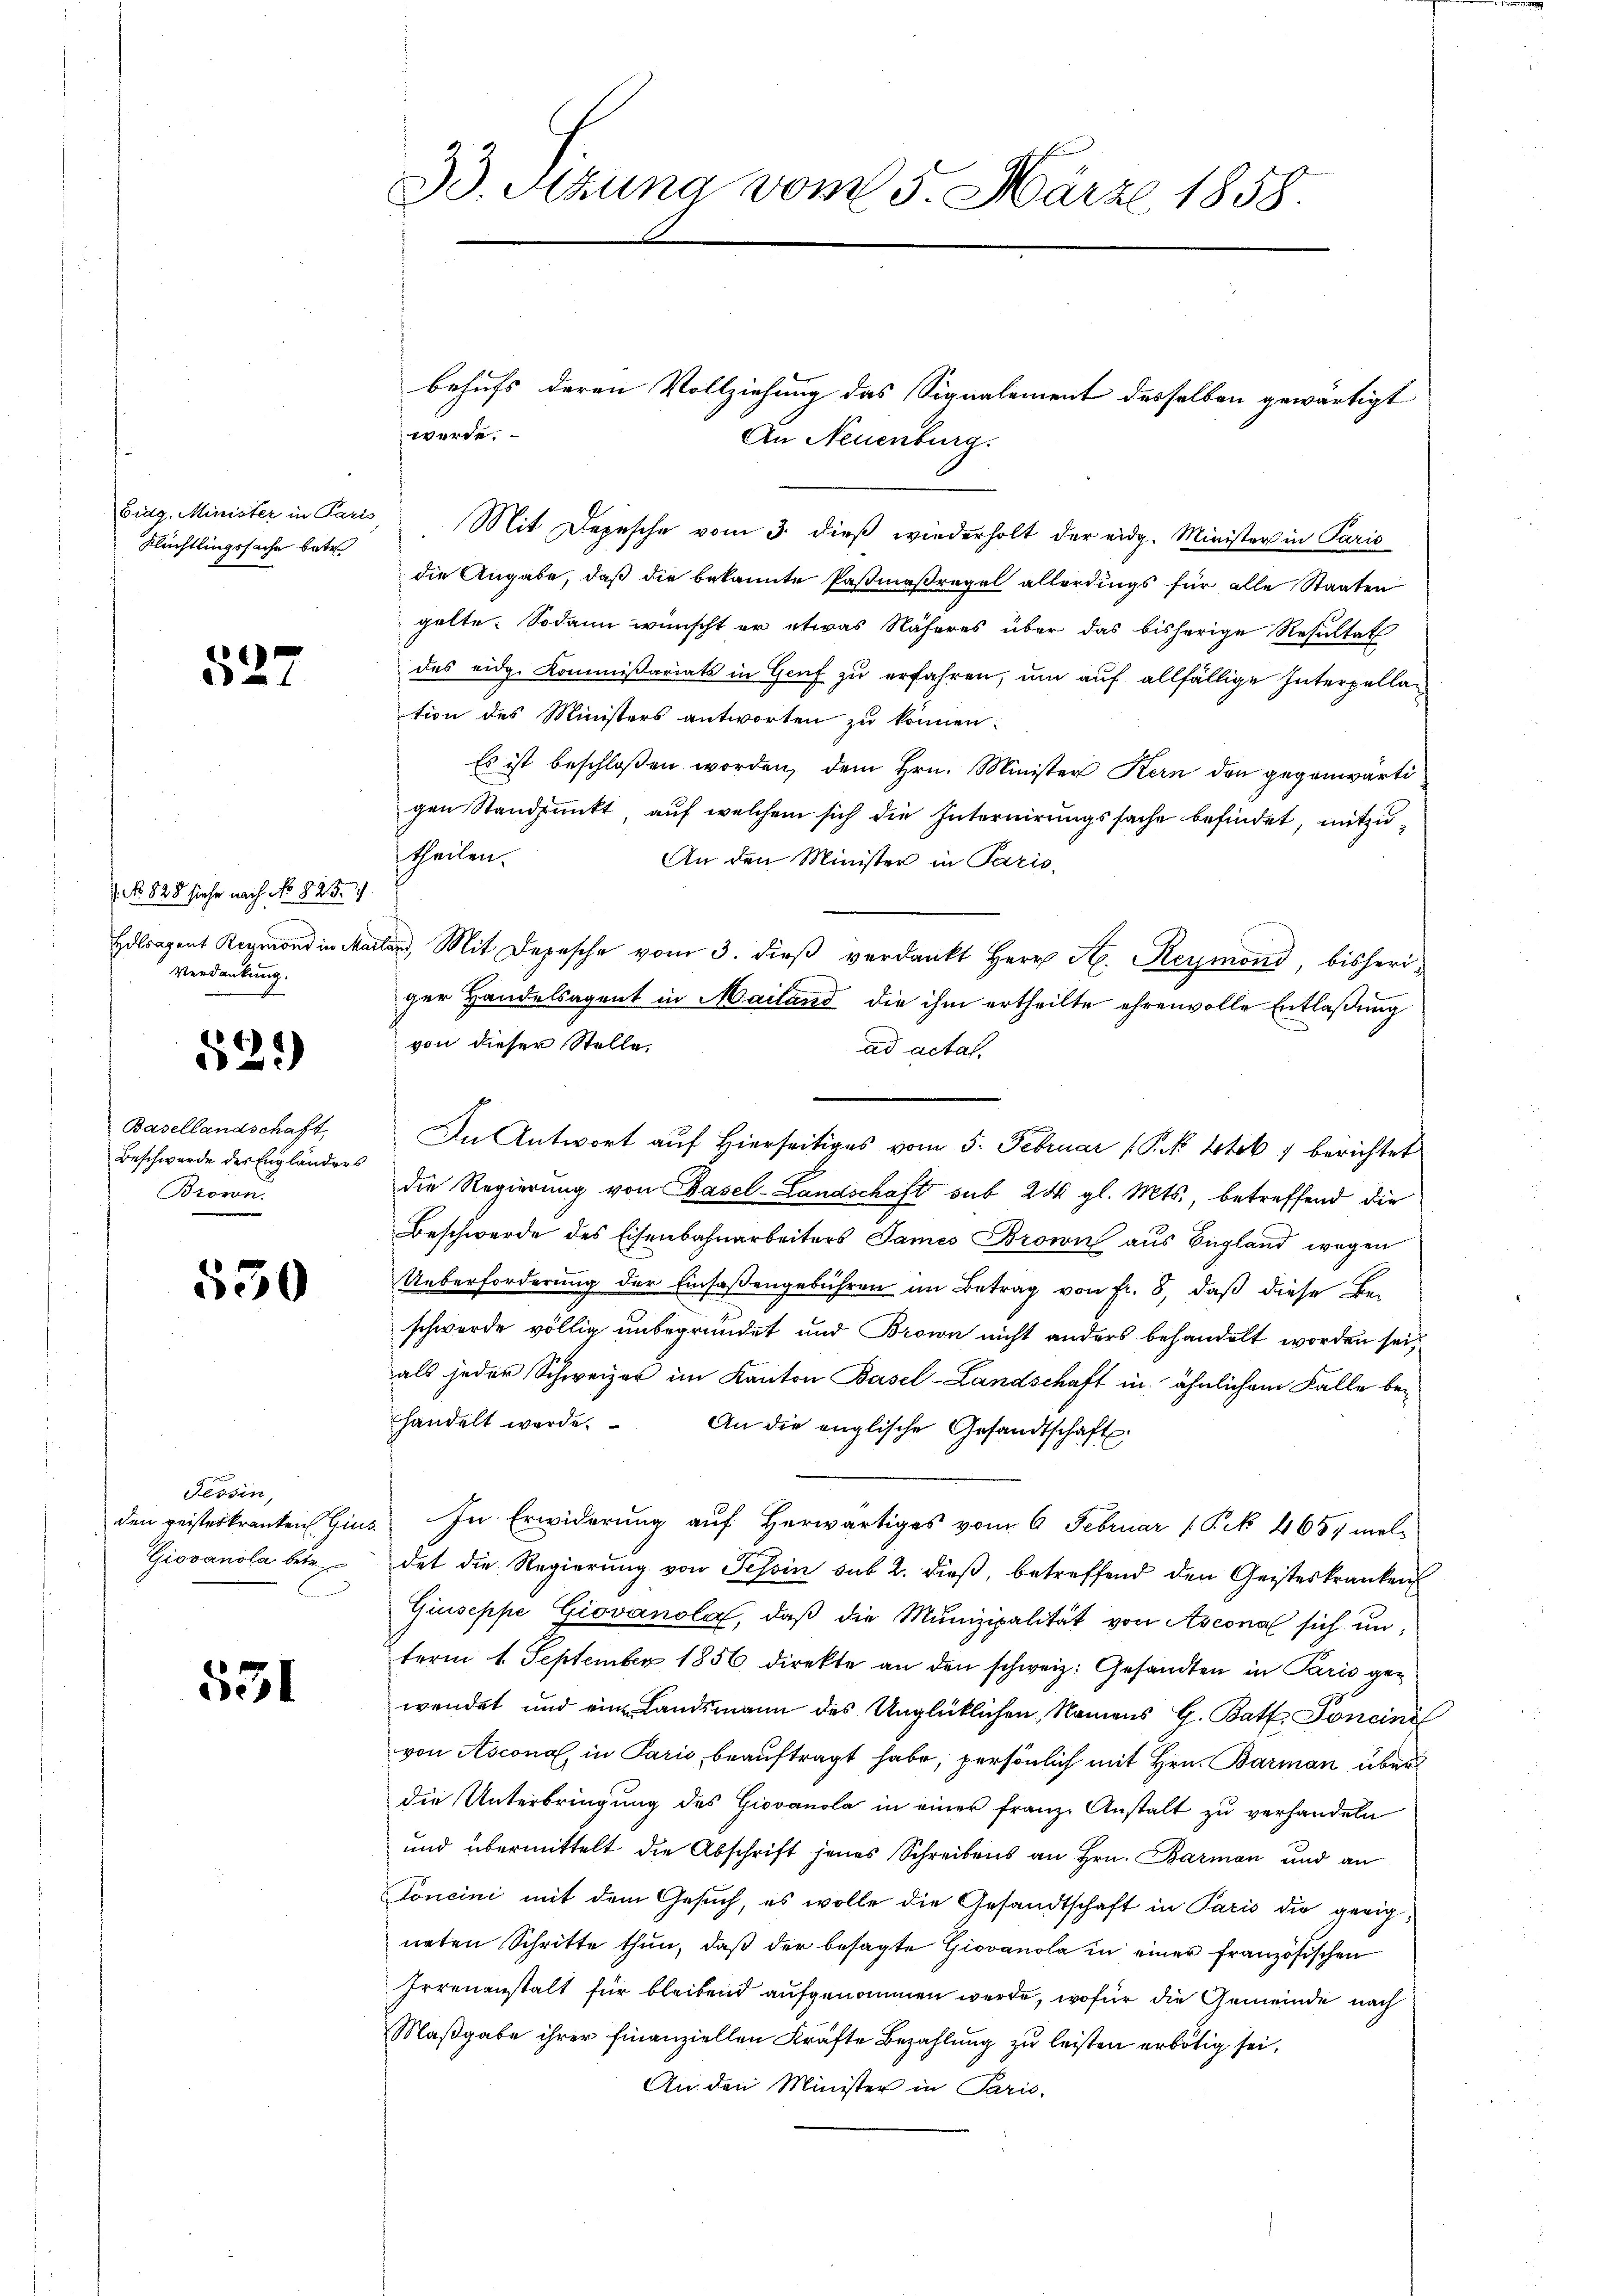
Eidg. Minister in Paris
Flüchtlingssache betr

527

No 828 siehe nach No 825. 27.
Holsagent Reymond in Mai
Verdankung.

529)

Basellandschaft
Beschwerde des Engländers
Brown.

530

Tessin,
den geisterkranken Hin¬
Giovanola betr.

531

33. Sitzung vom 5. März 1858.

werde.
An Neuenburg.

Mit Depesche vom 3. dieß wiederholt der eidg. Minister in Paris
die Angabe, daß die bekannte Pasmaßregel allerdings für alle Staaten
gelte. Sodann wünscht er etwas Näheres über das bisherige Resultat
des eidg. Kommissariats in Genf zu erfahren, um auf allfällige Interpellation des Ministers antworten zu können.
Es ist beschloßen worden, dem Hrn. Minister Kern den gegenwärtigen Standpunkt, auf welchem sich die Internirungssache befindet, mitzutheilen.
An den Minister in Paris,
le Mit Depesche vom 3. dieβ verdankt Herr H. Reymond, bisheriger Handelsagent in Mailand die ihm ertheilte ehrenvolle Entlaßung
von dieser Stelle.
ad actat.
In Antwort auf Hierseitiges vom 5. Februar (Pk 4tok 7 berichtet
die Regierung von Basel-Landschaft sub 24 gl. Mts., betreffend die
Beschwerde des Eisenbahnarbeiters James Brown aus England wegen
Ueberforderung der Einsaßengebühren im Betrag von fr. 8, daß diese Be-
schwerde völlig unbegründet und Brown nicht anders behandelt worden sei
als jeder Schweizer im Kanton Basel-Landschaft in ähnlichem Falle behandelt werde. An die englische Gesandtschaft
) In Erwiderung auf Herwärtiges vom 6. Februar (P.N 4657 mel-
det die Regierung von Tessin sub 2. dieß, betreffend den Geisteskranken
Giuseppe Giovanola, daß die Munizipalität von Ascona sich unterm 1. September 1856 direkte an den schweiz. Gesandten in Paris gewendet und eine Landsmann des Unglücklichen, Namens G. Batt Foncini
von Ascona in Paris, beauftragt habe, persönlich mit Hrn. Barman über
die Unterbringung des Giovanola in einer Franz Anstalt zu verhandeln
und übermittelt die Abschrift jenes Schreibens an Hrn. Barman und an
Foncini mit dem Gesuch, es wolle die Gesandtschaft in Paris die geeigneten Schritte thun, daß der besagte Giovanola in einer französischen
Irrenanstalt für bleibend aufgenommen werde, wofür die Gemeinde nach
Maßgabe ihrer finanziellen Kräfte Bezahlung zu leisten erbötig sei,
An den Minister in Paris,

behufs deren Vollziehung das Signalement desselben gewärtigt